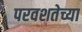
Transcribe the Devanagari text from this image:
परवशतेच्या